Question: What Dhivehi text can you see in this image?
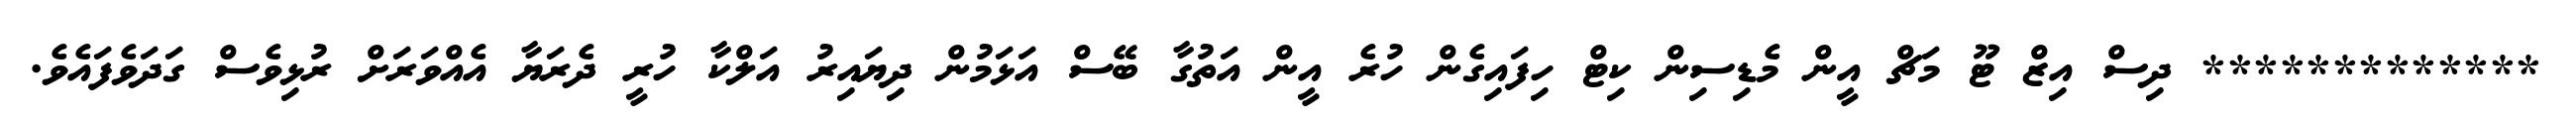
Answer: ************* ދިސް އިޒް ޓޫ މަޗް އީން މެޑިސިން ކިޓް ހިފައިގެން ހުރެ އީން އަތުގާ ބޭސް އަޅަމުން ދިޔައިރު އަލްކާ ހުރީ ދެރަޔާ އެއްވަރަށް ރުޅިވެސް ގަދަވެފައެވެ.